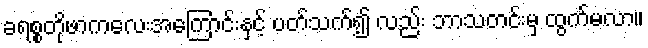
ခရစ္စတိုဖာကလေးအကြောင်းနှင့် ပတ်သက်၍ လည်း ဘာသတင်းမှ ထွက်မလာ။